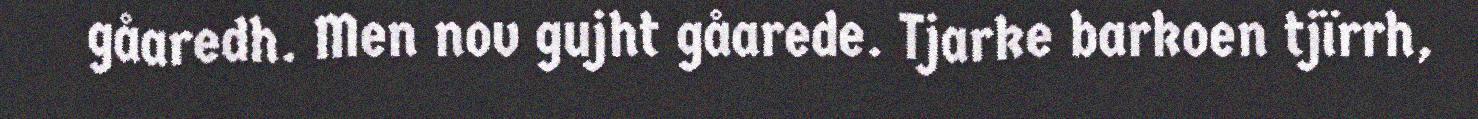
gåaredh. Men nov gujht gåarede. Tjarke barkoen tjïrrh,